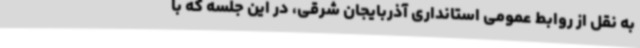
به نقل از روابط عمومی استانداری آذربایجان شرقی، در این جلسه که با